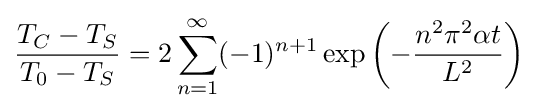
{\frac {T_{C}-T_{S}}{T_{0}-T_{S}}}=2\sum _{n=1}^{\infty }(-1)^{n+1}\exp \left({-{\frac {n^{2}\pi ^{2}\alpha t}{L^{2}}}}\right)